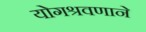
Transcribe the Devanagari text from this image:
योगश्रवणाने